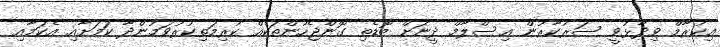
އިކުރާމް ވިދާޅުވީ ސަރުކާރުން އިސްލާމް ދީނަށް ބޮޑެތި ގޮންޖެހުންތަކެއް ކުރިމަތިކުރުވަމުންދާ ކަމަށާއި އެކަމާއި